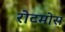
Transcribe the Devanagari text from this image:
रोटमोस